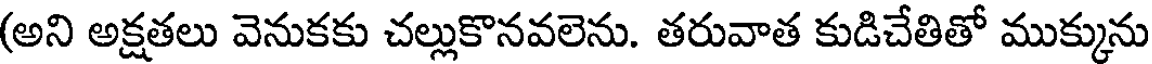
(అని అక్షతలు వెనుకకు చల్లుకొనవలెను. తరువాత కుడిచేతితో ముక్కును